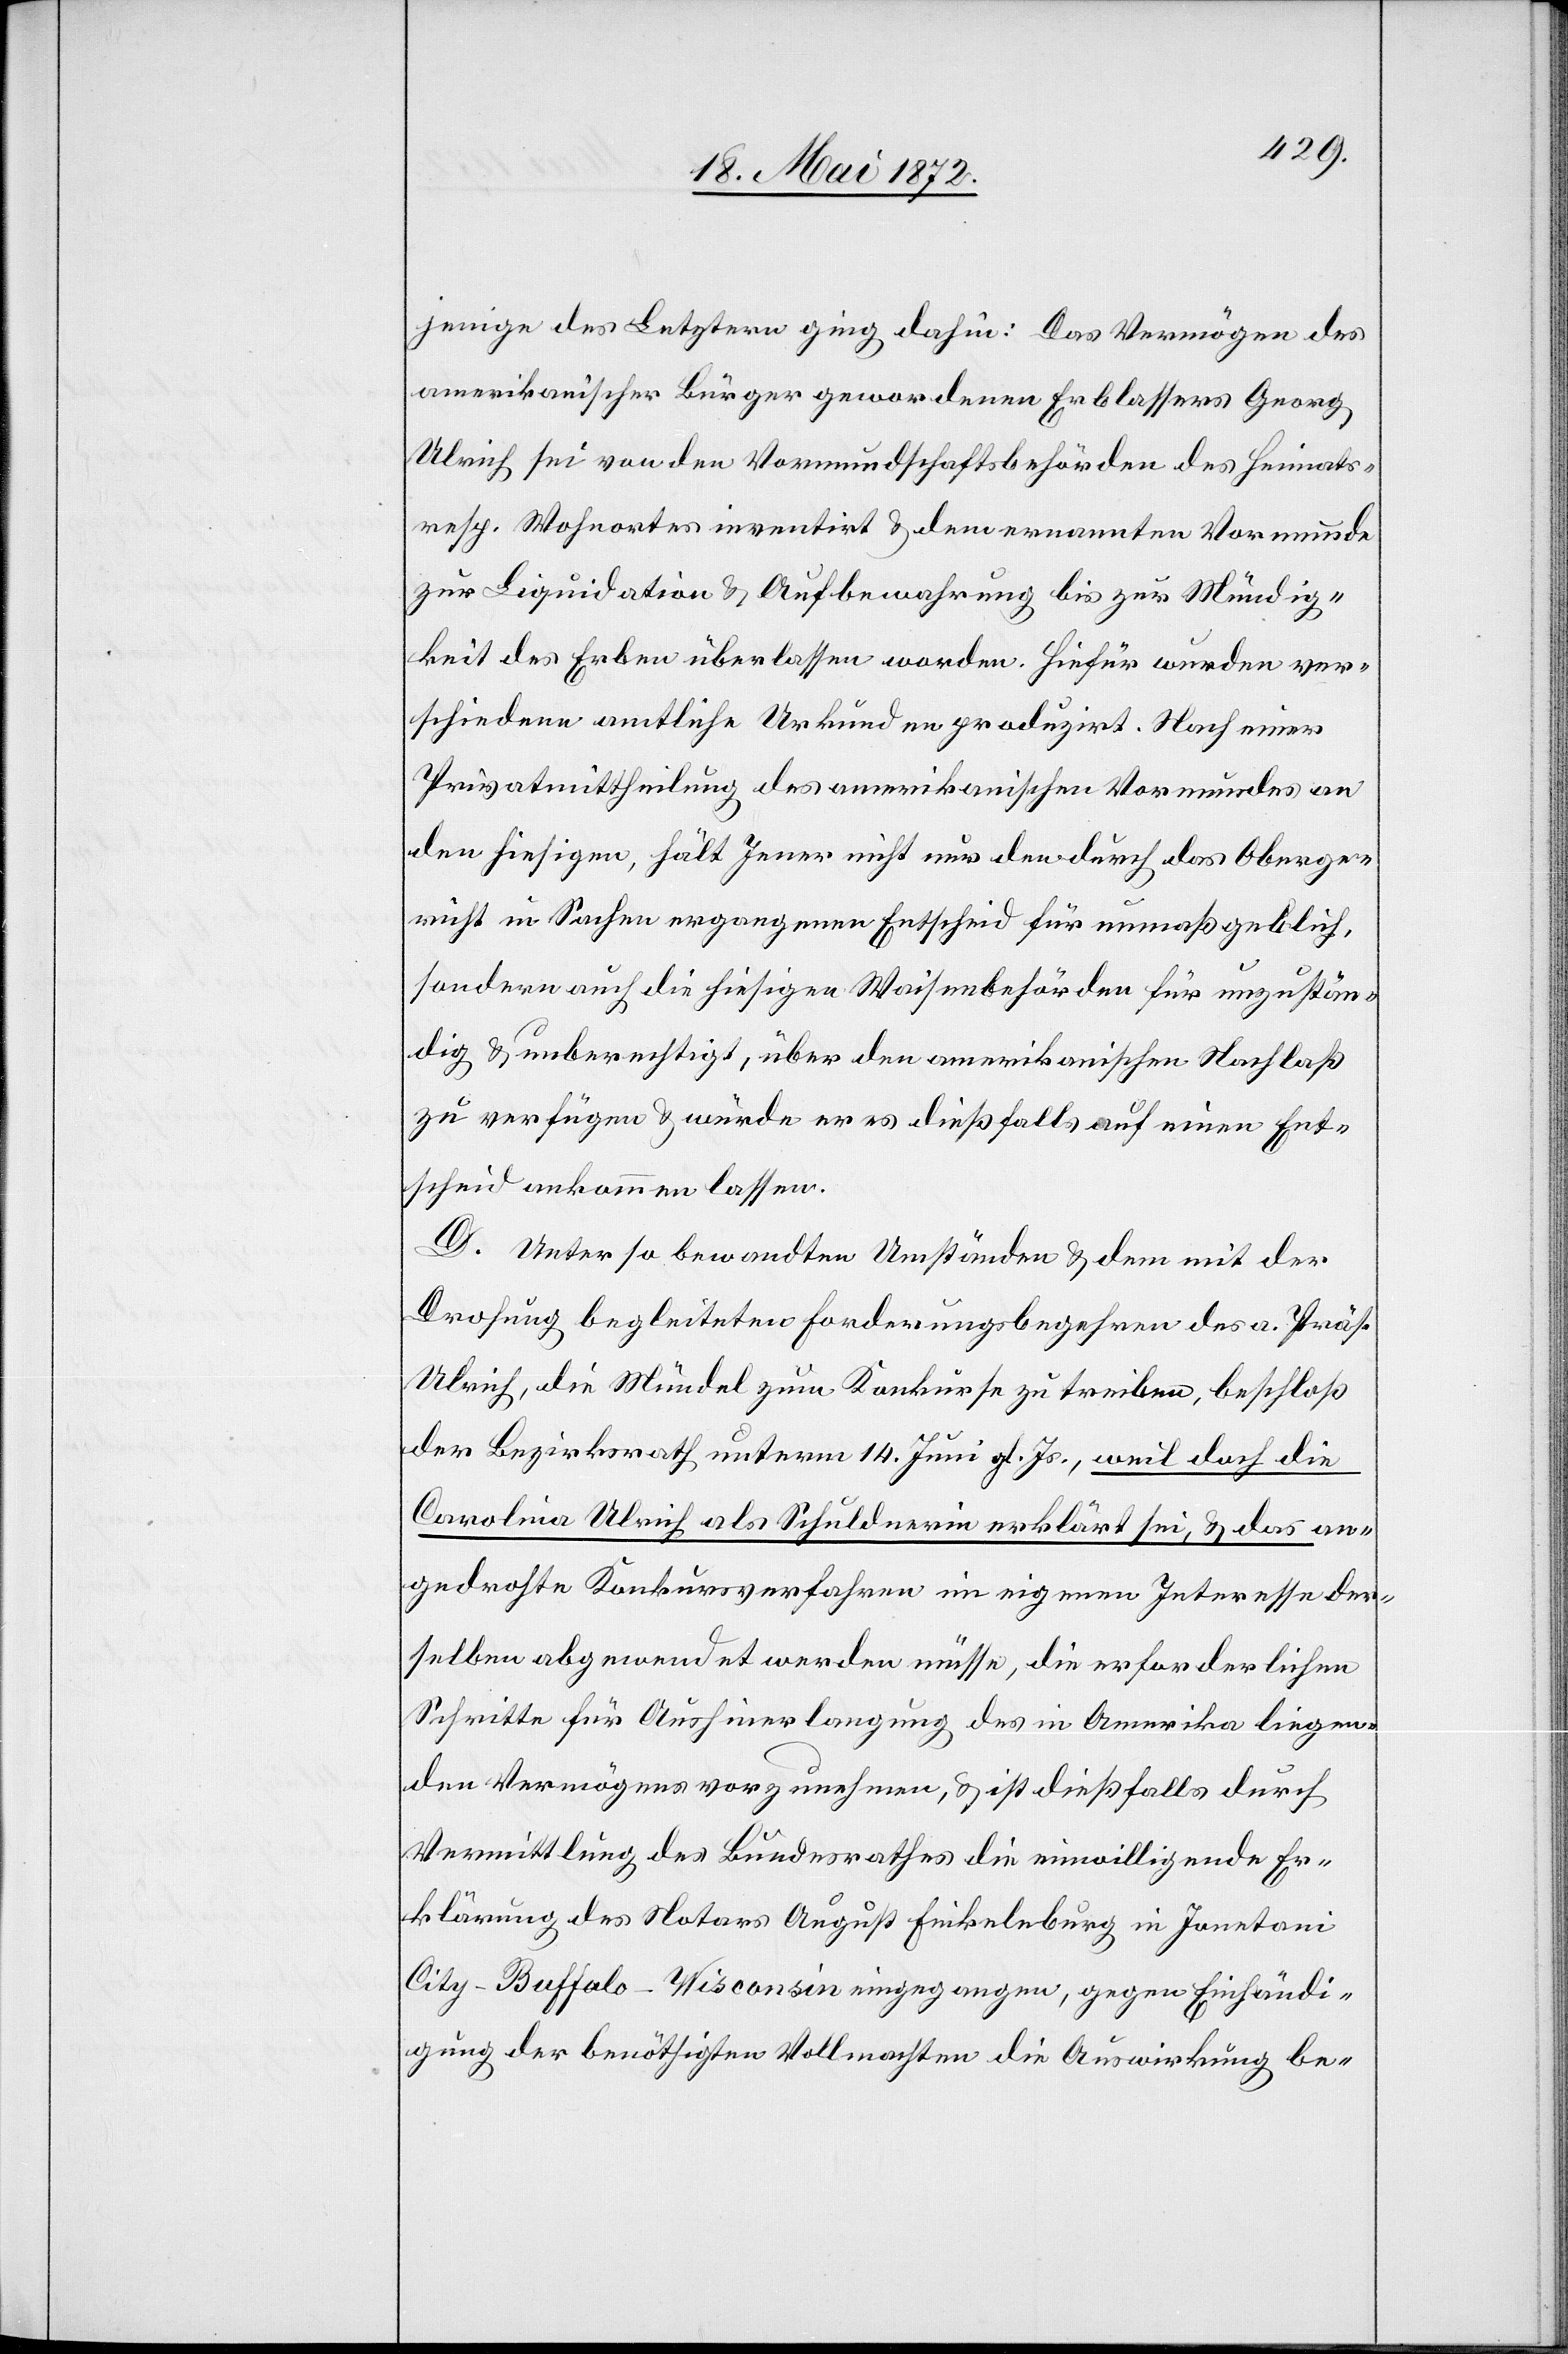
jenige des Letztern ging dahin: Das Vermögen des
amerikanischer Bürger gewordenen Erblassers Georg
Ulrich sei von den Vormundschaftsbehörden des Heimats-
resp. Wohnortes inventirt u. dem ernannten Vormunde
zur Liquidation u. Aufbewahrung bis zur Mündig¬
keit des Erben überlassen worden. Hiefür wurden ver¬
schiedene amtliche Urkunden produzirt. Nach einer
Privatmittheilung des amerikanischen Vormundes an
den hiesigen, hält jener nicht nur den durch das Oberge¬
richt in Sachen ergangenen Entscheid für unmaßgeblich,
sondern auch die hiesigen Waisenbehörden für unzustän¬
dig u. unberechtigt, über den amerikanischen Nachlaß
zu verfügen u. würde er es dießfalls auf einen Ent¬
scheid ankommen lassen.
D. Unter so bewandten Umständen u. dem mit der
Drohung begleiteten Forderungsbegehren des a. Präs.
Ulrich, die Mündel zum Konkurse zu treiben, beschloß
der Bezirksrath unterm 14. Juni gl. Js., weil doch die
Carolina Ulrich als Schuldnerin erklärt sei, u. das
angedrohte Konkursverfahren im eigenen Interesse der¬
selben abgewendet werden müsse, die erforderlichen
Schritte für Aushinerlangung des in Amerika liegen¬
den Vermögens vorzunehmen, u. ist dießfalls durch
Vermittlung des Bundesrathes die einwilligende Er¬
klärung des Notars August Finkelnburg in Jonetani
City-Buffalo-Wisconsin eingegangen, gegen Einhändi¬
gung der benöthigten Vollmachten die Auswirkung be-